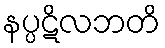
နပ္ပဋိလဘတိ